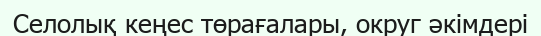
Селолық кеңес төрағалары, округ әкімдері